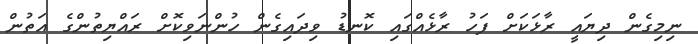
ނިމިގެން ދިޔައީ ރާޅަކަށް ފަހު ރާޅެއްގައި ކޮނޑު ވިދައިގެން ހުންނަވިކޮށް ރައްޔިތުންގެ އަތުން